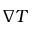
\nabla T